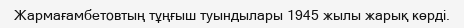
Жармағамбетовтың тұңғыш туындылары 1945 жылы жарық көрді.